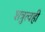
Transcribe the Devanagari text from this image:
शत्रुत्वही